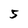
Character: 5